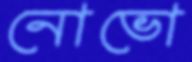
নোভো